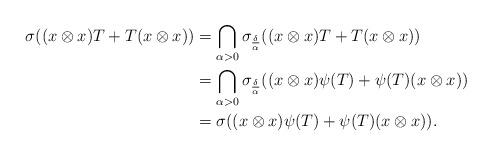
LaTeX: \begin{align*}\sigma((x\otimes x)T+T(x\otimes x))&=\bigcap_{\alpha>0} \sigma_{\frac{\delta}{\alpha}}((x\otimes x)T+T(x\otimes x))\\&=\bigcap_{\alpha>0}\sigma_{\frac{\delta}{\alpha}}((x\otimes x)\psi(T)+\psi(T)(x\otimes x))\\&=\sigma((x\otimes x)\psi(T)+\psi(T)(x\otimes x)).\end{align*}